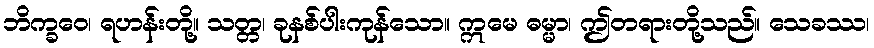
ဘိက္ခဝေ၊ ရဟန်းတို့။ သတ္တ၊ ခုနစ်ပါးကုန်သော။ ဣမေ ဓမ္မာ၊ ဤတရားတို့သည်။ သေခဿ၊